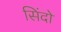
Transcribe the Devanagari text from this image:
सिंदो